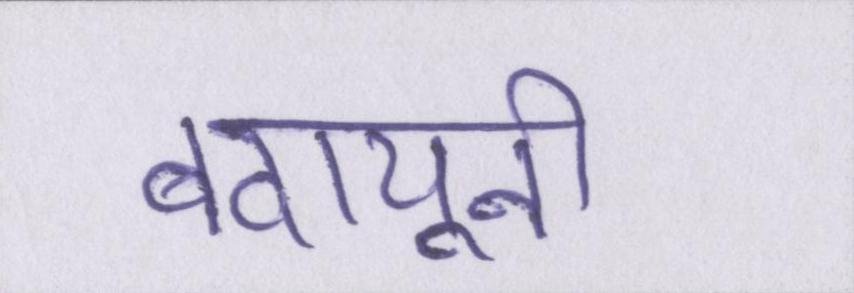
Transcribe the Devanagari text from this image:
बदायूनी